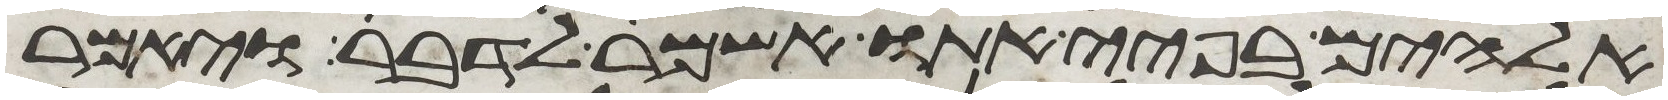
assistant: אלהים בפיי אתו אשמר לדבר וילך